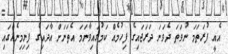
އެއީ ފުރަތަމަ ނުވަތަ ދެވަނަ ދަރަޖައިގެ ފިހުމެއް ކަމުގައިވާނަމަ އެތަނަށް އާދައިގެ ފިނިމިނެއްގައި